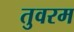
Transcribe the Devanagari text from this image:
तुवरम